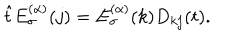
LaTeX: \hat { t } E _ { \sigma } ^ { ( \alpha ) } ( j ) = E _ { \sigma } ^ { ( \alpha ) } ( k ) D _ { k j } ( t ) .